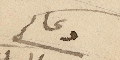
دعاكم